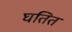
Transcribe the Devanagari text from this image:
घतित